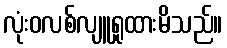
လုံးဝလစ်လျူရှုထားမိသည်။